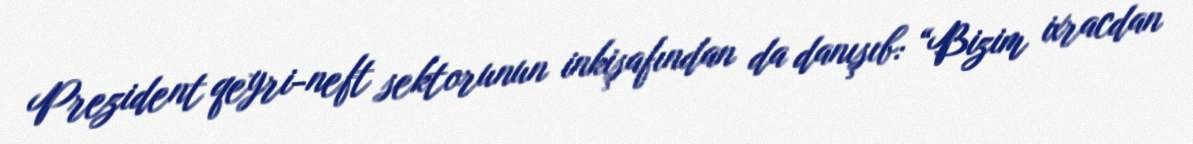
Prezident qeyri-neft sektorunun inkişafından da danışıb: “Bizim ixracdan